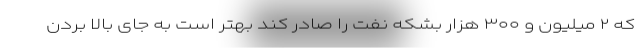
که ۲ میلیون و ۳۰۰ هزار بشکه نفت را صادر کند بهتر است به جای بالا بردن